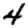
Digit: 4